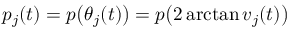
p _ { j } ( t ) = p \big ( \theta _ { j } ( t ) \big ) = p \big ( 2 \arctan v _ { j } ( t ) \big )